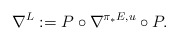
\begin{align*}\nabla^L:=P\circ\nabla^{\pi_*E, u}\circ P.\end{align*}